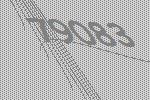
79083